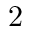
2